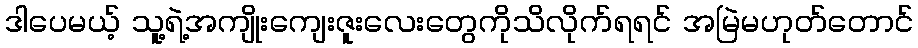
ဒါပေမယ့် သူ့ရဲ့အကျိုးကျေးဇူးလေးတွေကိုသိလိုက်ရရင် အမြဲမဟုတ်တောင်